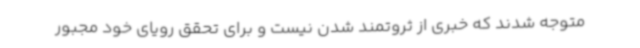
متوجه شدند که خبری از ثروتمند شدن نیست و برای تحقق رویای خود مجبور